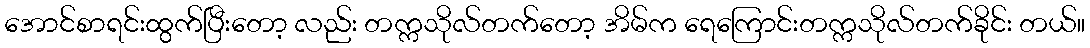
အောင်စာရင်းထွက်ပြီးတော့ လည်း တက္ကသိုလ်တက်တော့ အိမ်က ရေကြောင်းတက္ကသိုလ်တက်ခိုင်း တယ်။